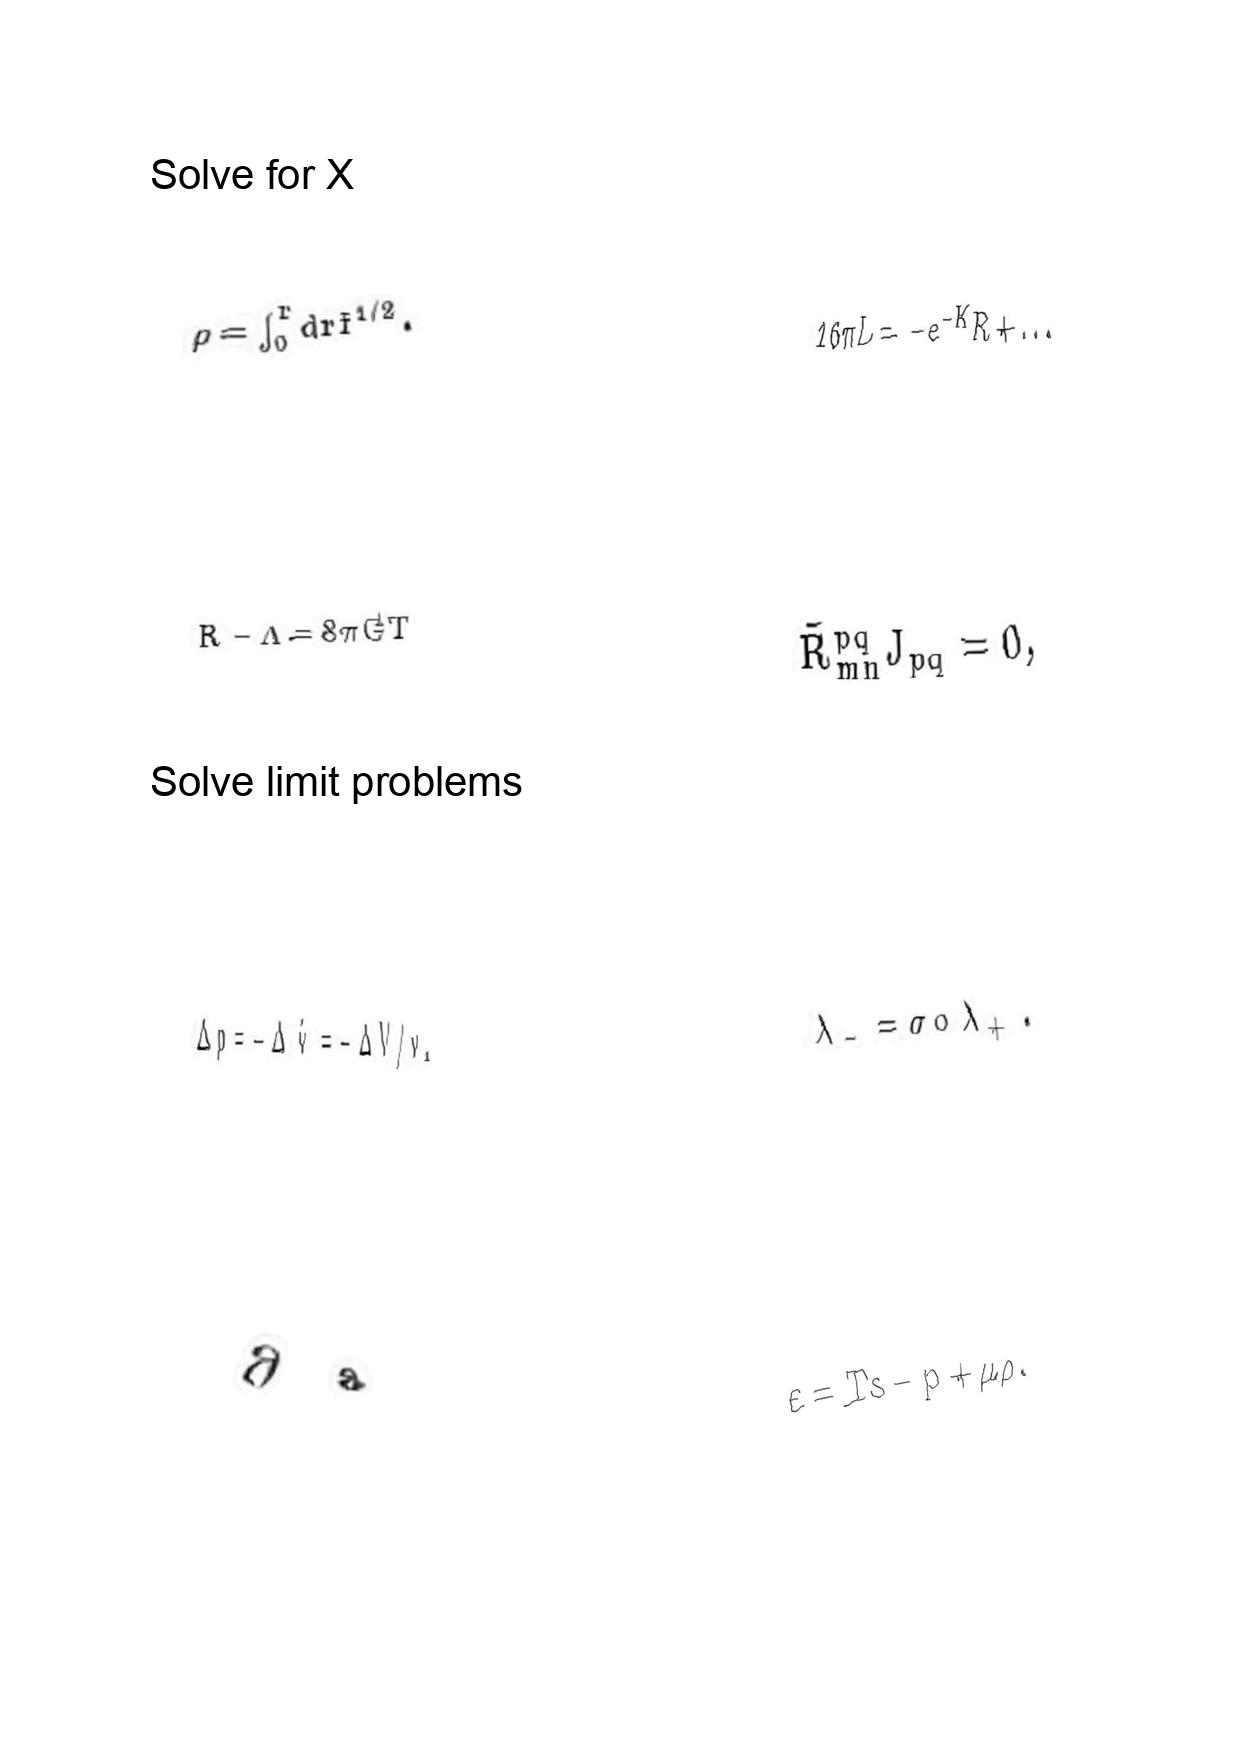
LaTeX transcription:
\rho = \int _ { 0 } ^ { r } d r f ^ { 1 / 2 } .
R - \Lambda = 8 \pi G T
\Delta p = - \Delta \dot { v } = - \Delta V / v .
\partial _ { \mathrm { a } }
1 6 \pi L = - e ^ { - K } R + \ldots
\tilde { R } _ { m n } ^ { p q } J _ { p q } = 0 ,
\lambda _ { - } = \sigma \circ \lambda _ { + } .
\varepsilon = T s - p + \mu \rho .